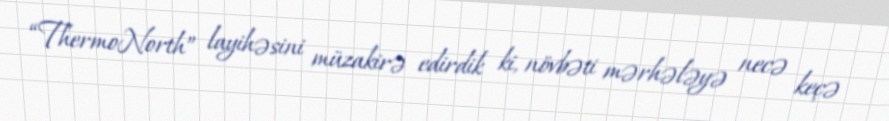
“ThermoNorth” layihəsini müzakirə edirdik ki, növbəti mərhələyə necə keçə